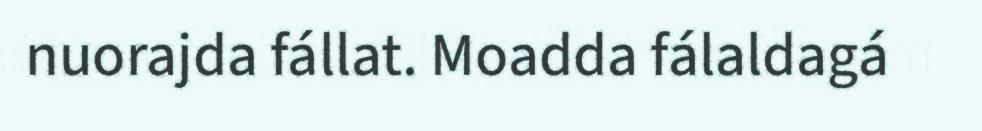
nuorajda fállat. Moadda fálaldagá